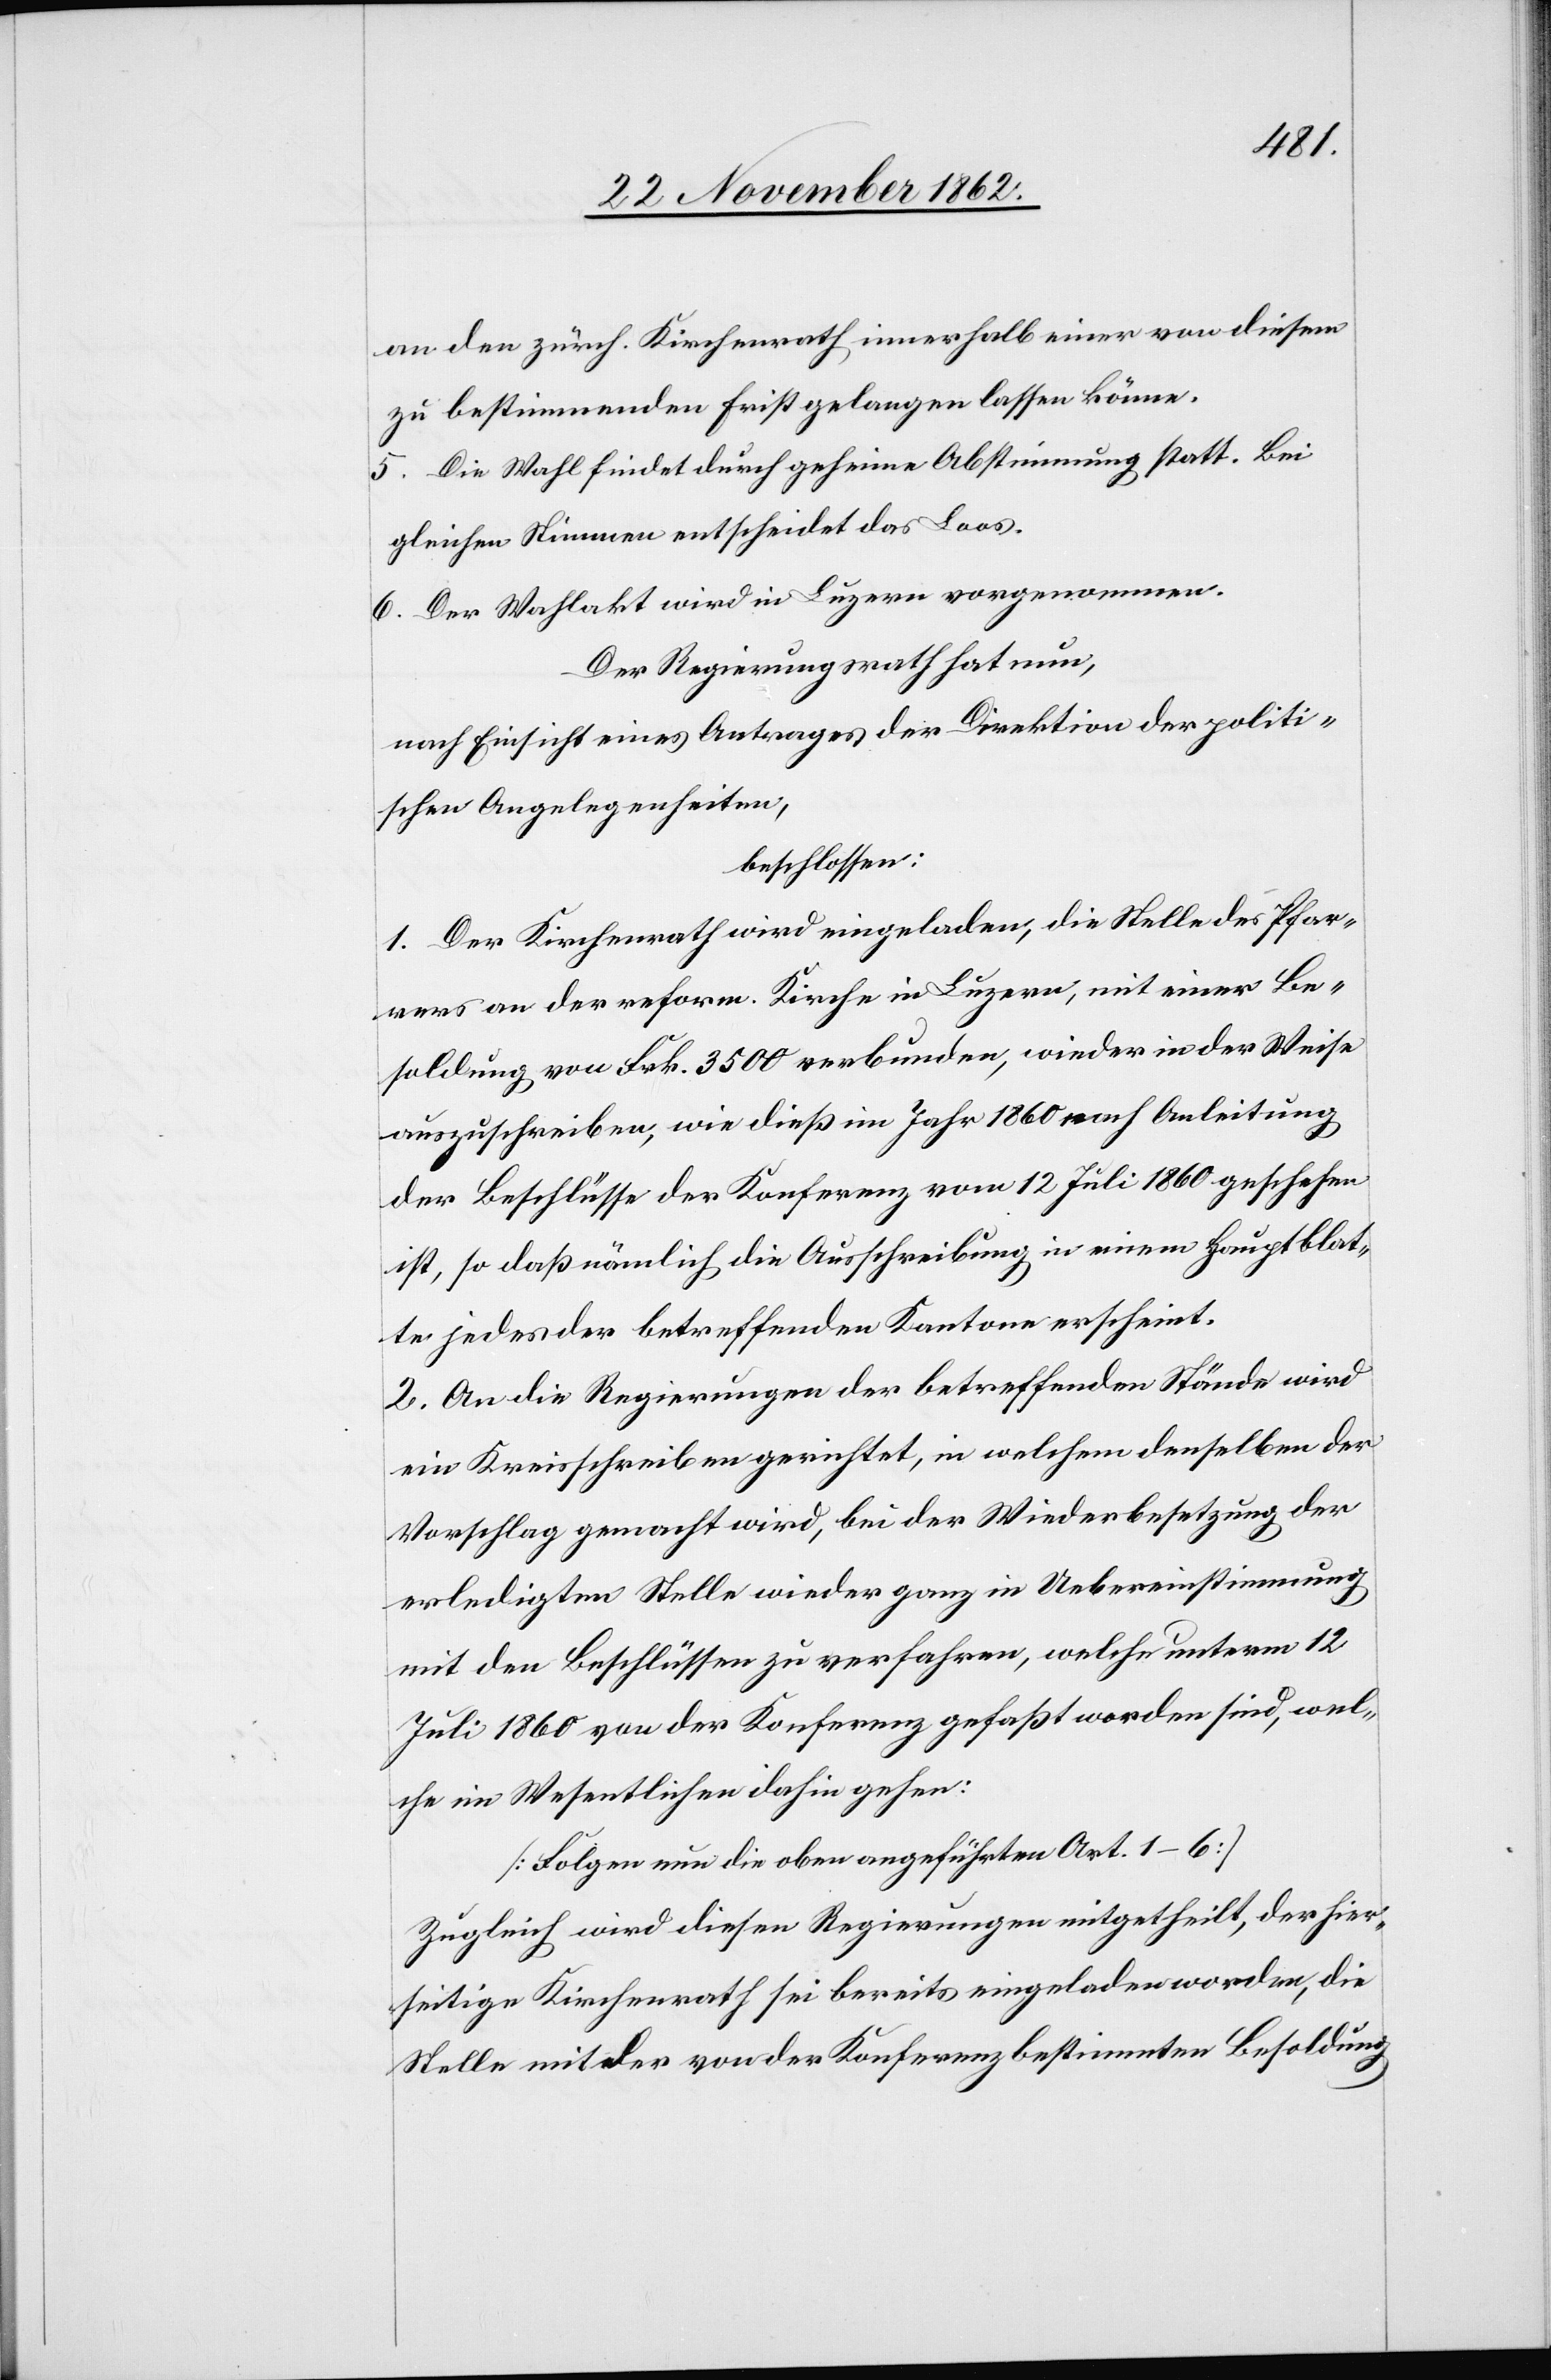
an den zürch. Kirchenrath innerhalb einer von diesem
zu bestimmenden Frist gelangen lassen könne.
5. Die Wahl findet durch geheime Abstimmung statt. Bei
gleichen Stimmen entscheidet das Loos.
6. Der Wahlakt wird in Luzern vorgenommen.
Der Regierungsrath hat nun,
nach Einsicht eines Antrages der Direktion der politi¬
schen Angelegenheiten,
beschlossen:
1. Der Kirchenrath wird eingeladen, die Stelle des Pfar¬
rers an der reform. Kirche in Luzern, ist einer Be¬
soldung von Frk. 3500 verbunden, wieder in der Weise
auszuschreiben, wie dieß im Jahr 1860 nach Anleitung
der Beschlüsse der Konferenz vom 12. Juli 1860 geschehen
ist, so daß nämlich die Ausschreibung in einem Hauptblat¬
te jedes der betreffenden Kantone erscheint.
2. An die Regierungen der betreffenden Stände wird
ein Kreisschreiben gerichtet, in welchem denselben der
Vorschlag gemacht wird, bei der Wiederbesetzung der
erledigten Stelle wieder ganz in Uebereinstimmmung
mit den Beschlüssen zu verfahren, welche unterm 12.
Juli 1860 von der Konferenz gefaßt worden sind, wel¬
che im Wesentlichen dahin gehen:
[Folgen nun die oben angeführten Art. 1–6.]
Zugleich wird diesen Regierungen mitgetheilt, der hier¬
seitige Kirchenrath sei bereits eingeladen worden, die
Stelle mit der von der Konferenz bestimmten Besoldung